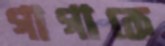
গাগাকে